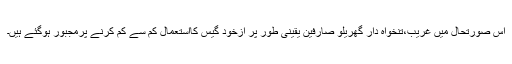
اس صورتحال میں غریب،تنخواہ دار گھریلو صارفین یقینی طور پر ازخود گیس کااستعمال کم سے کم کرنے پرمجبور ہوگئے ہیں۔